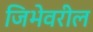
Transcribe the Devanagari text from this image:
जिभेवरील